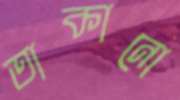
তাকানো